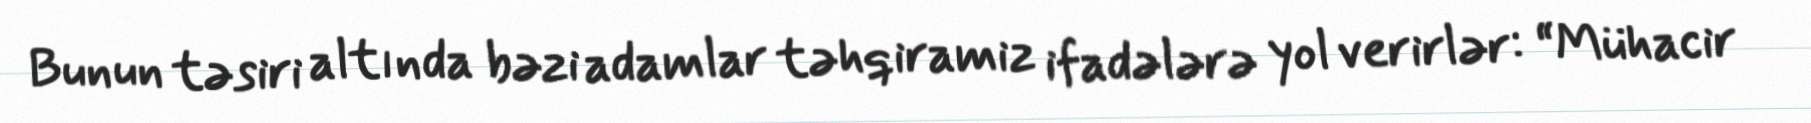
Bunun təsiri altında bəzi adamlar təhqiramiz ifadələrə yol verirlər: “Mühacir